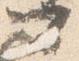
可